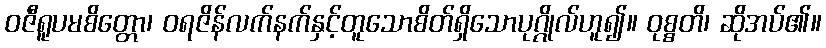
ဝဇီရူပမစိတ္တော၊ ဝရဇိန်လက်နက်နှင့်တူသောစိတ်ရှိသောပုဂ္ဂိုလ်ဟူ၍။ ဝုစ္စတိ၊ ဆိုအပ်၏။